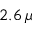
2 . 6 \, \mu